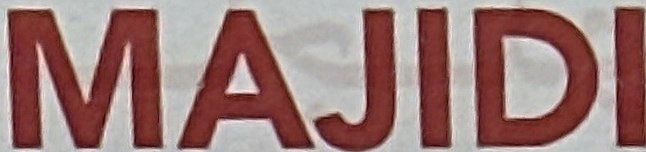
MAJIDI